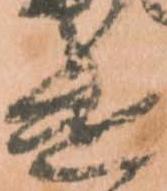
遣